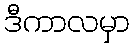
ဒီကာလမှာ